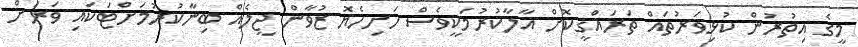
މީގެ އިތުރުން ކުޅިވަރުތައް ތަރައްޤީކޮށް އާލާކުރުމަކީވެސް ހަށިހެޔޮ ޒުވާން ޖީލެއް ބިނާކުރުމަށްޓަކައި ވަރަށް